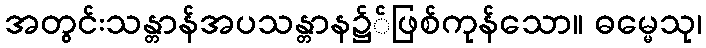
အတွင်းသန္တာန်အပသန္တာန၌်ဖြစ်ကုန်သော။ ဓမ္မေသု၊